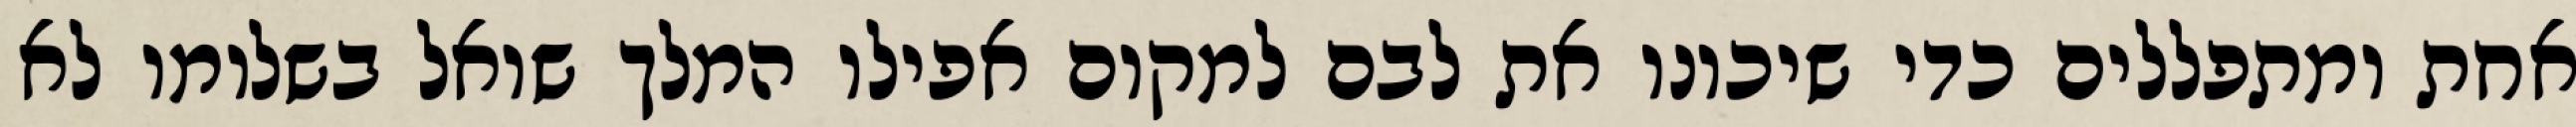
אחת ומתפללים כדי שיכונו את לבם למקום אפילו המלך שואל בשלומו לא